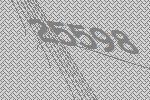
25598